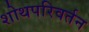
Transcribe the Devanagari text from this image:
शोथपरिवर्तन